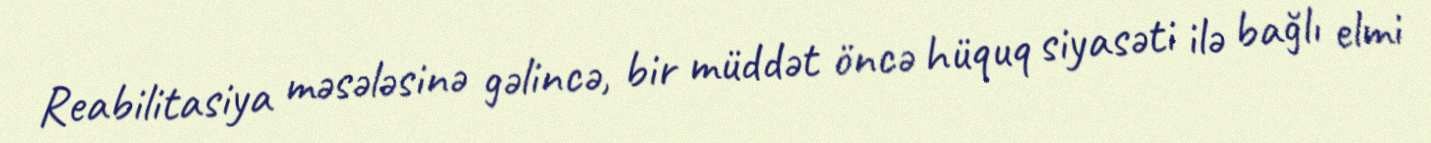
Reabilitasiya məsələsinə gəlincə, bir müddət öncə hüquq siyasəti ilə bağlı elmi